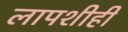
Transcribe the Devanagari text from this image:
लापशीही